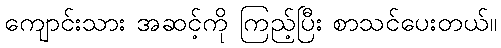
ကျောင်းသား အဆင့်ကို ကြည့်ပြီး စာသင်ပေးတယ်။